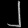
Digit: ၂